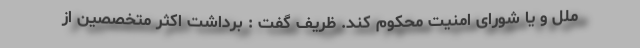
ملل و یا شورای امنیت محکوم کند. ظریف گفت : برداشت اکثر متخصصین از